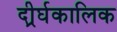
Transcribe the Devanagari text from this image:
दीर्र्घकालिक